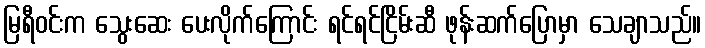
မြရီဝင်းက သွေးဆေး ပေးလိုက်ကြောင်း ရင်ရင်ငြိမ်းဆီ ဖုန်းဆက်ပြောမှာ သေချာသည်။